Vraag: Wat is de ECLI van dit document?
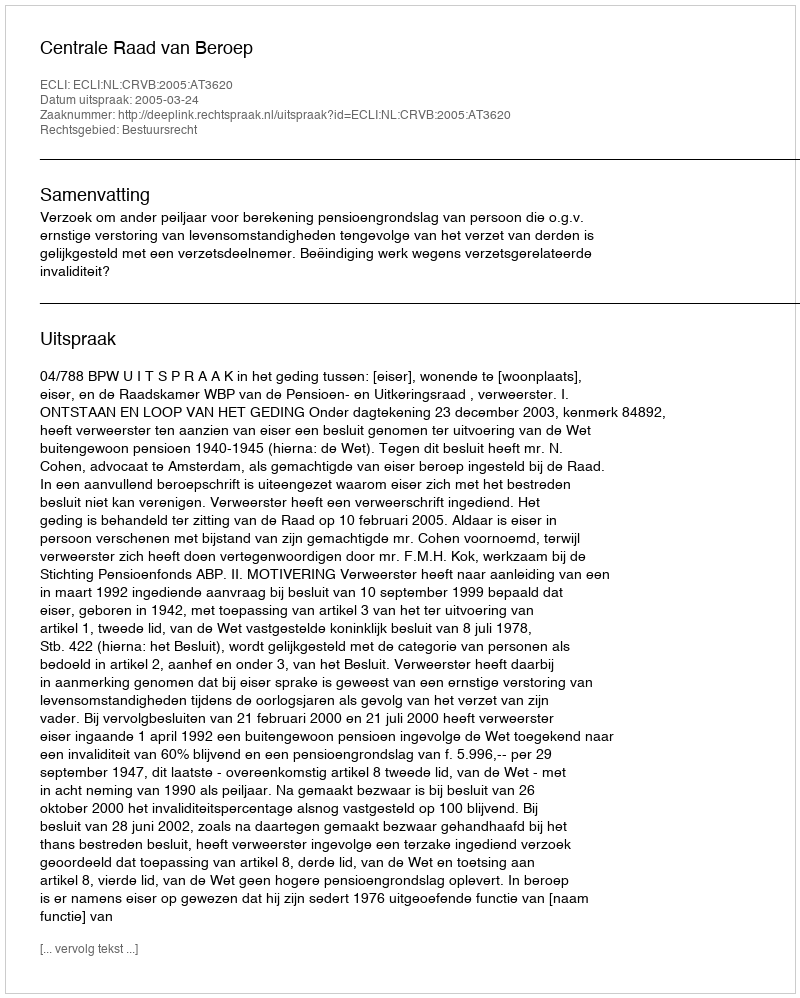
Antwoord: ECLI:NL:CRVB:2005:AT3620